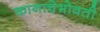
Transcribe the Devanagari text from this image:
कानाचेभोवती